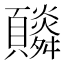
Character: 𩕼